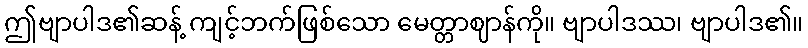
ဤဗျာပါဒ၏ဆန့် ကျင့်ဘက်ဖြစ်သော မေတ္တာဈာန်ကို။ ဗျာပါဒဿ၊ ဗျာပါဒ၏။